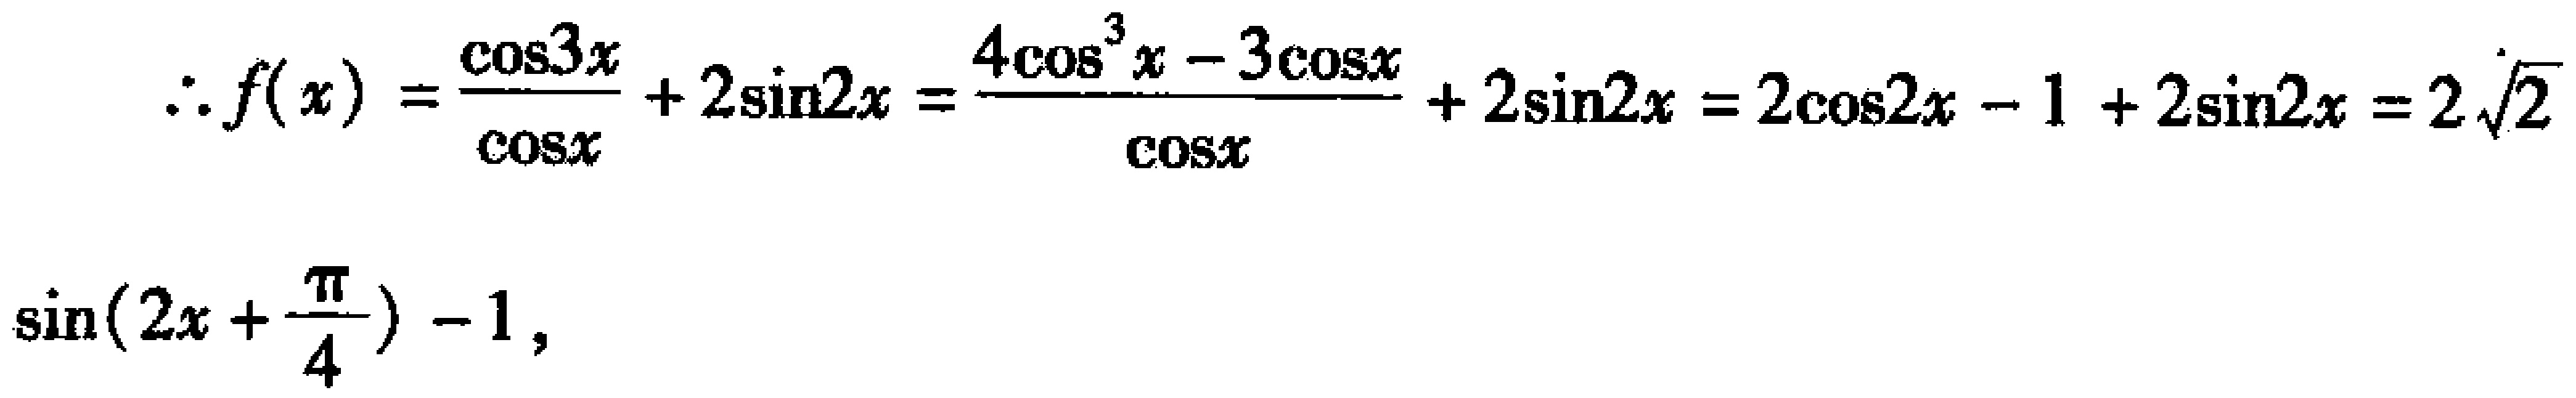
\(\therefore f(x)=\frac{\cos3x}{\cos x}+2\sin2x=\frac{4\cos^{3}x - 3\cos x}{\cos x}+2\sin2x=2\cos2x - 1+2\sin2x=2\sqrt{2}\sin(2x+\frac{\pi}{4}) - 1\)